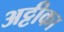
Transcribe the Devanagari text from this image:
अट्टीका